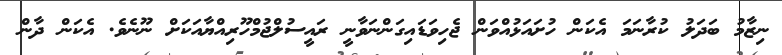
ނިޒާމު ބަދަލު ކުރާނަމަ އެކަން ހުށައަޅުއްވަން ޖެހިވަޑައިގަންނަވާނީ ރައީސުލްޖުމްހޫރިއްޔާއަކަށް ނޫނެވެ. އެކަން ދާން